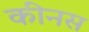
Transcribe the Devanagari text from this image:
कीनस